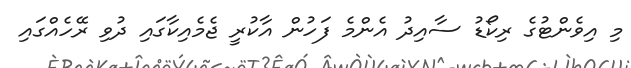
މި އިވެންޓުގެ ރިކޯޑު ސާއިދު އެންމެ ފަހުން އާކުރީ ޖެމެއިކާގައި ދުވި ރޭހެއްގައި